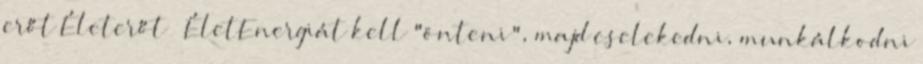
erőt Életerőt ÉletEnergiát kell "önteni", majd cselekedni, munkálkodni